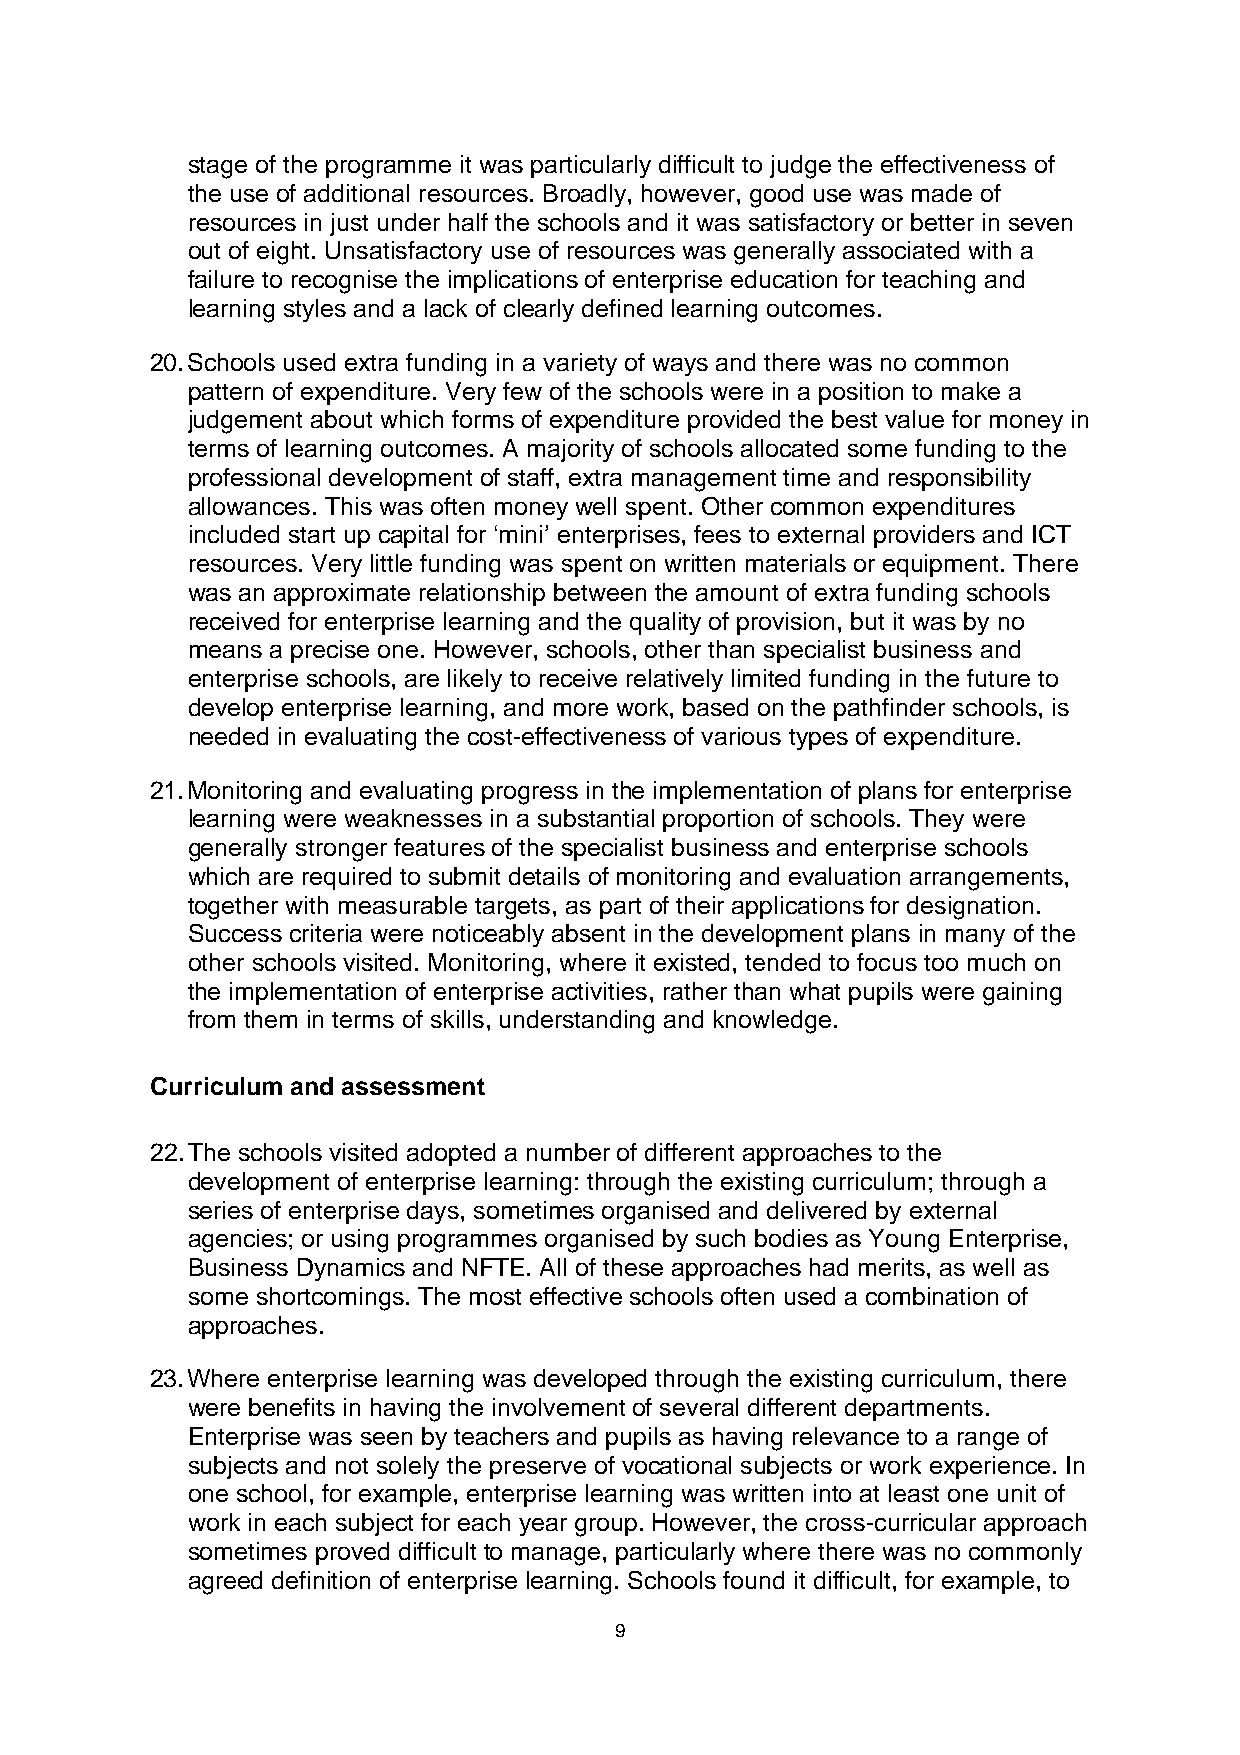
stage of the programme it was particularly difficult to judge the effectiveness of
 the use of additional resources. Broadly, however, good use was made of
 resources in just under half the schools and it was satisfactory or better in seven
 out of eight. Unsatisfactory use of resources was generally associated with a
 failure to recognise the implications of enterprise education for teaching and
 learning styles and a lack of clearly defined learning outcomes.
 20. Schools used extra funding in a variety of ways and there was no common
 pattern of expenditure. Very few of the schools were in a position to make a
 judgement about which forms of expenditure provided the best value for money in
 terms of learning outcomes. A majority of schools allocated some funding to the
 professional development of staff, extra management time and responsibility
 allowances. This was often money well spent. Other common expenditures
 included start up capital for ‘mini’ enterprises, fees to external providers and ICT
 resources. Very little funding was spent on written materials or equipment. There
 was an approximate relationship between the amount of extra funding schools
 received for enterprise learning and the quality of provision, but it was by no
 means a precise one. However, schools, other than specialist business and
 enterprise schools, are likely to receive relatively limited funding in the future to
 develop enterprise learning, and more work, based on the pathfinder schools, is
 needed in evaluating the cost-effectiveness of various types of expenditure.
 21. Monitoring and evaluating progress in the implementation of plans for enterprise
 learning were weaknesses in a substantial proportion of schools. They were
 generally stronger features of the specialist business and enterprise schools
 which are required to submit details of monitoring and evaluation arrangements,
 together with measurable targets, as part of their applications for designation.
 Success criteria were noticeably absent in the development plans in many of the
 other schools visited. Monitoring, where it existed, tended to focus too much on
 the implementation of enterprise activities, rather than what pupils were gaining
 from them in terms of skills, understanding and knowledge.
 Curriculum and assessment
 22. The schools visited adopted a number of different approaches to the
 development of enterprise learning: through the existing curriculum; through a
 series of enterprise days, sometimes organised and delivered by external
 agencies; or using programmes organised by such bodies as Young Enterprise,
 Business Dynamics and NFTE. All of these approaches had merits, as well as
 some shortcomings. The most effective schools often used a combination of
 approaches.
 23. Where enterprise learning was developed through the existing curriculum, there
 were benefits in having the involvement of several different departments.
 Enterprise was seen by teachers and pupils as having relevance to a range of
 subjects and not solely the preserve of vocational subjects or work experience. In
 one school, for example, enterprise learning was written into at least one unit of
 work in each subject for each year group. However, the cross-curricular approach
 sometimes proved difficult to manage, particularly where there was no commonly
 agreed definition of enterprise learning. Schools found it difficult, for example, to
 9